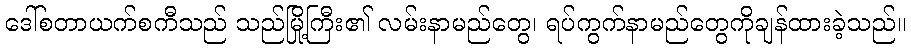
ဒေါ်စတာယက်စကီသည် သည်မြို့ကြီး၏ လမ်းနာမည်တွေ၊ ရပ်ကွက်နာမည်တွေကိုချန်ထားခဲ့သည်။